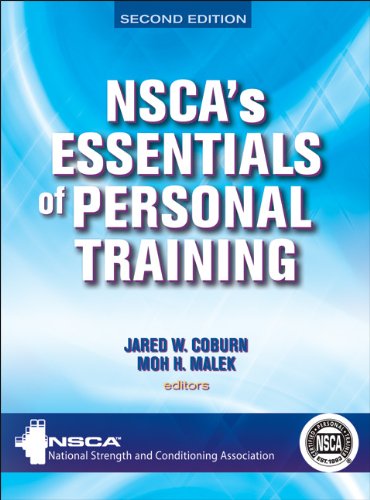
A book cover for NSCA'S Essentials of Personal Training - 2nd Edition; NSCA -National Strength & Conditioning Association; Medical Books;